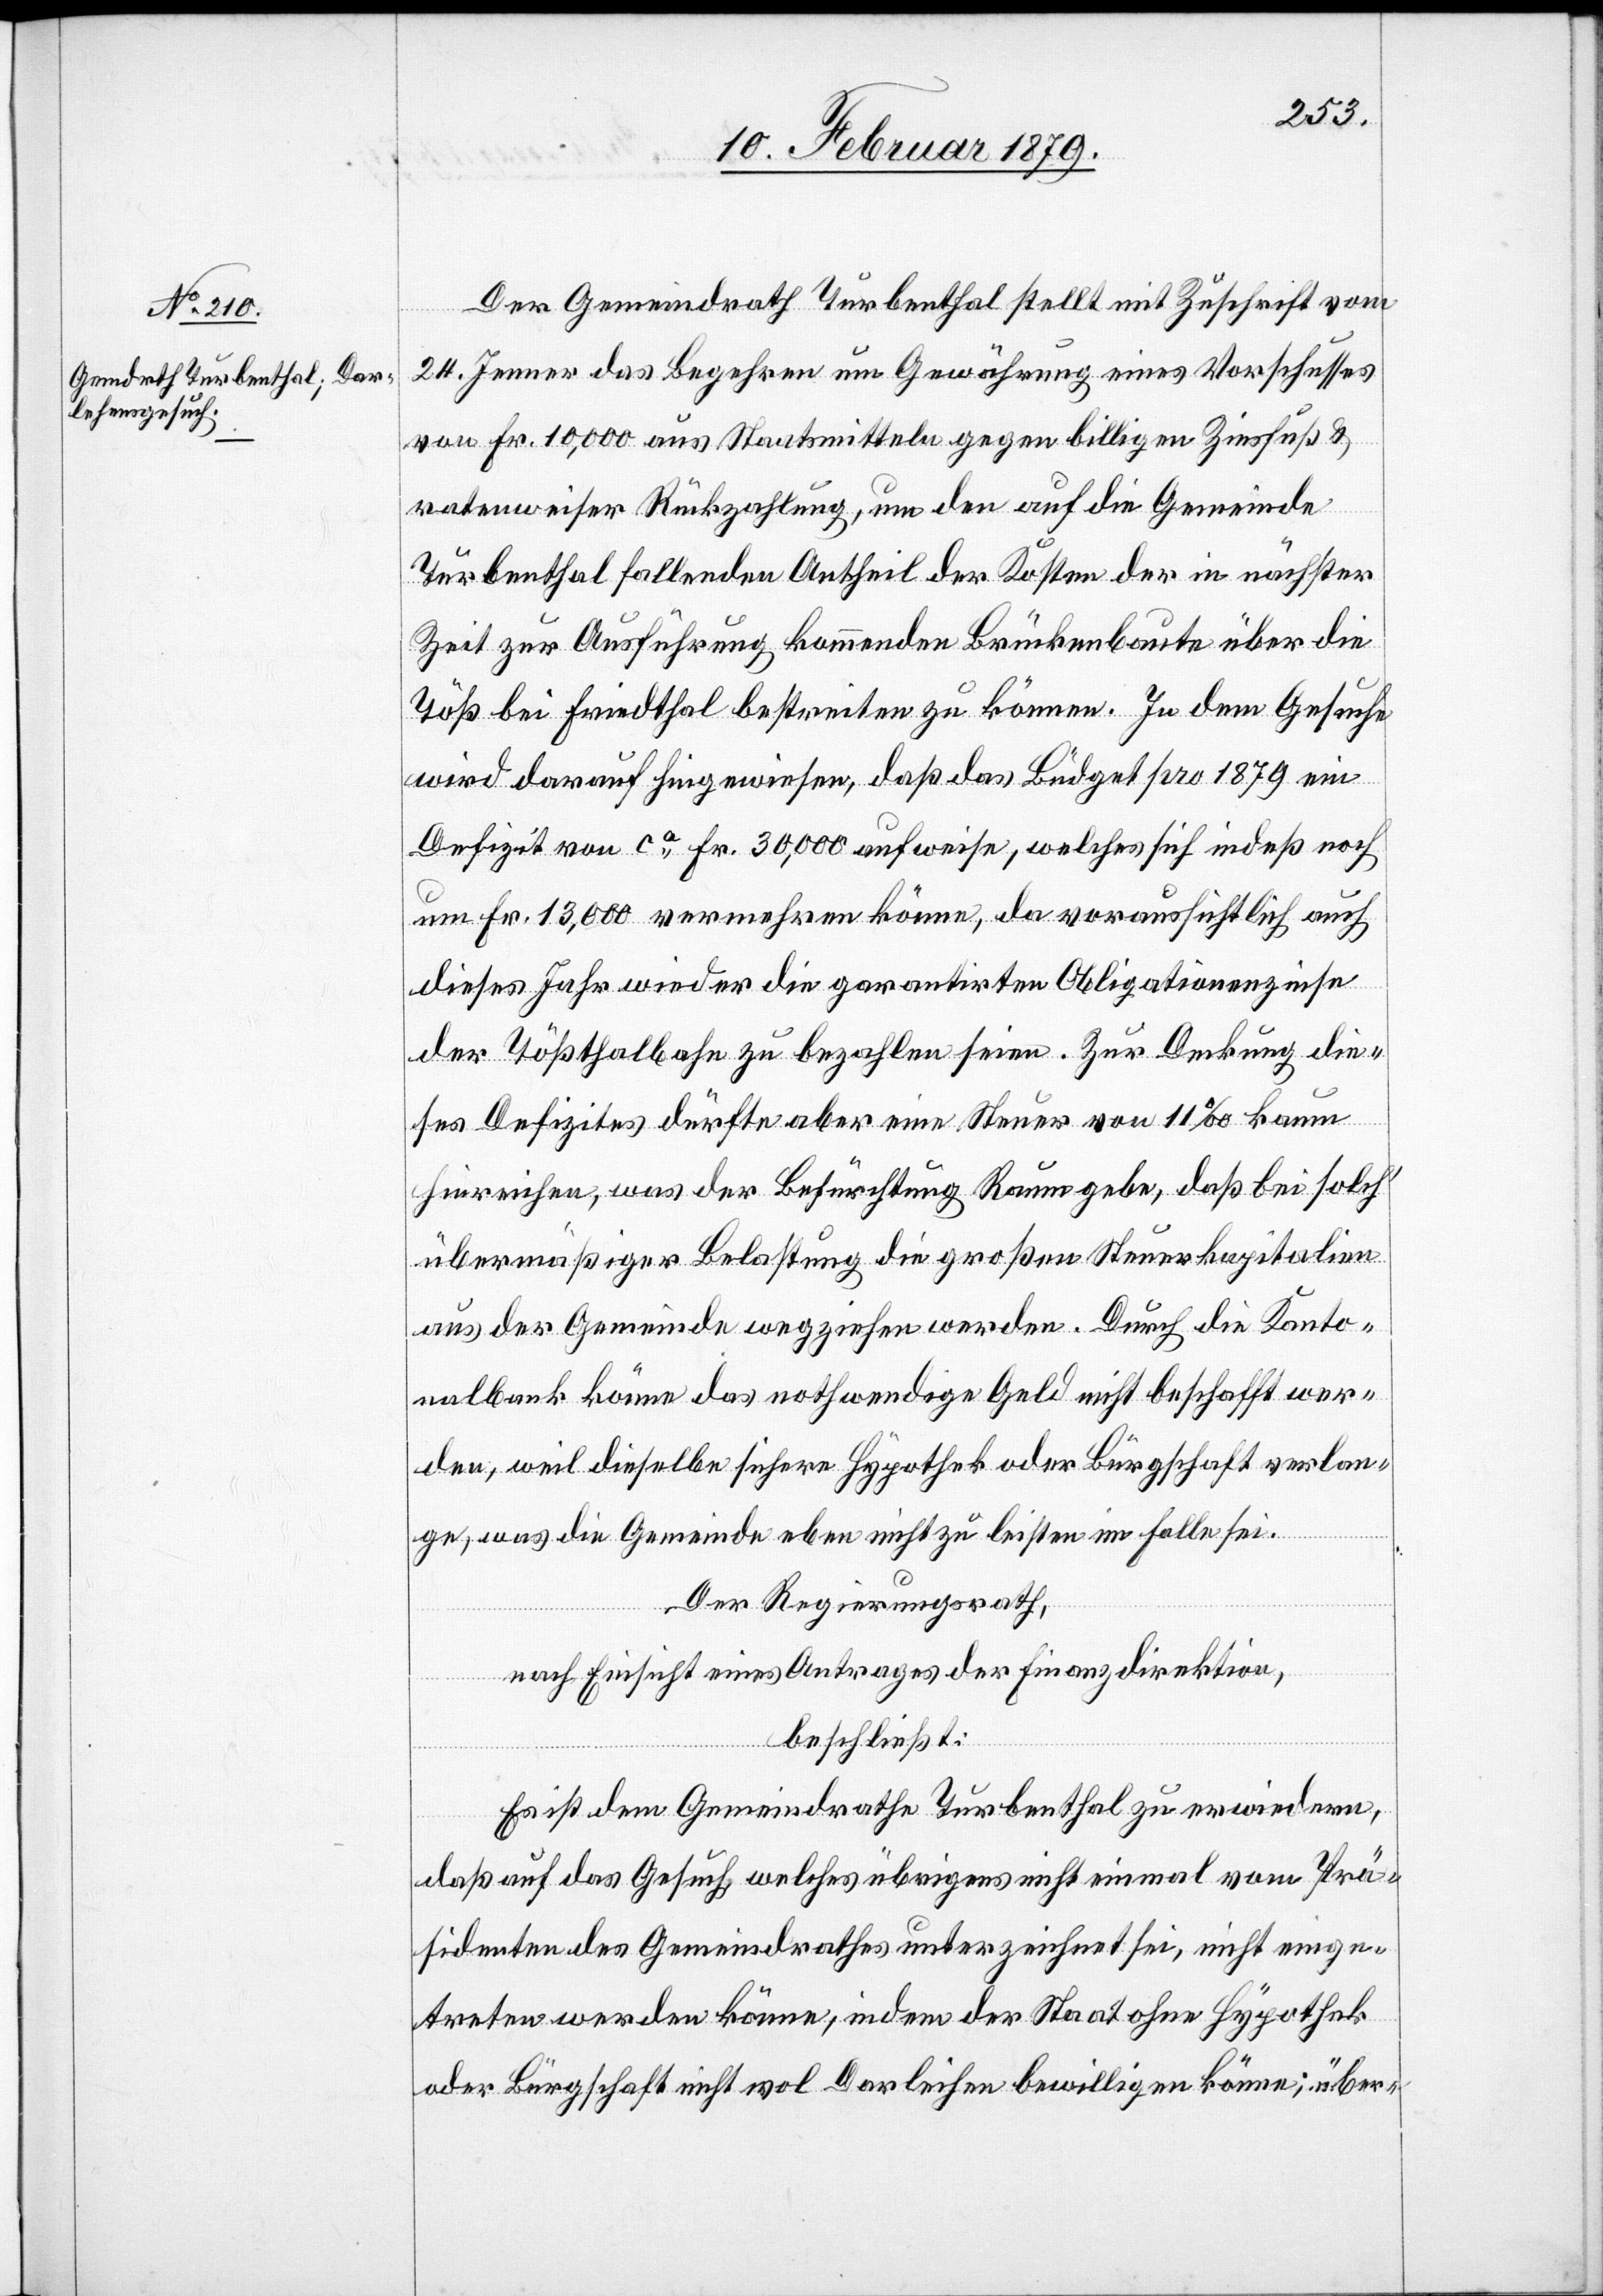
Der Gemeindrath Turbenthal stellt mit Zuschrift vom
24. Jenner das Begehren um Gewährung eines Vorschusses
von Fr. 10,000 aus Staatsmitteln gegen billigen Zinsfuß &
ratenweiser Rückzahlung, um den auf die Gemeinde
Turbenthal fallenden Antheil der Kosten der in nächster
Zeit zur Ausführung kommenden Brückenbaute über die
Töß bei Friedthal bestreiten zu können. In dem Gesuche
wird darauf hingewiesen, daß das Büdget pro 1879 ein
Defizit von ca Fr. 30,000 aufweise, welches sich indeß noch
um Fr. 13,000 vermehren könne, da voraussichtlich auch
dieses Jahr wieder die garantirten Obligationenzinse
der Tößthalbahn zu bezahlen seien. Zur Deckung die¬
ses Defizites dürfte aber eine Steuer von 11‰ kaum
hinreichen, was der Befürchtung Raum gebe, daß bei solch’
übermäßiger Belastung die großen Steuerkapitalien
aus der Gemeinde wegziehen werden. Durch die Kanto¬
nalbank könne das nothwendige Geld nicht beschafft wer¬
den, weil dieselbe sichere Hypothek oder Bürgschaft verlan¬
ge, was die Gemeinde eben nicht zu leisten im Falle sei.
Der Regierungsrath,
nach Einsicht eines Antrages der Finanzdirektion,
beschließt:
Es ist dem Gemeindrathe Turbenthal zu erwiedern,
daß auf das Gesuch, welches übrigens nicht einmal vom Prä¬
sidenten des Gemeindrathes unterzeichnet sei, nicht einge¬
treten werden könne, indem der Staat ohne Hypothek
oder Bürgschaft nicht wol Darleihen bewilligen könne; über-